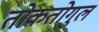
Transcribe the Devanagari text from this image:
तोकतोगुल